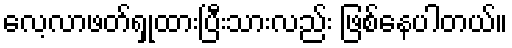
လေ့လာဖတ်ရှုထားပြီးသားလည်း ဖြစ်နေပါတယ်။